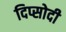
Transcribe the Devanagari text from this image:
दिप्सोदी